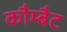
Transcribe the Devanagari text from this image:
कौम्बैट